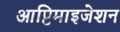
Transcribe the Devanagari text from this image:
आप्टिमाइजेशन